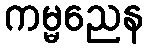
ကမ္မညေန